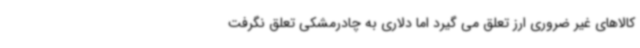
کالاهای غیر ضروری ارز تعلق می گیرد اما دلاری به چادرمشکی تعلق نگرفت